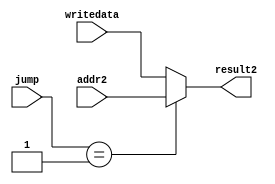
`timescale 1ns / 1ps
//////////////////////////////////////////////////////////////////////////////////
// Company: 
// Engineer: 
// 
// Design Name: 
// Module Name: jump_mux
// Project Name: 
// Target Devices: 
// Tool Versions: 
// Description: 
// 
// Dependencies: 
// 
// Revision:
// Revision 0.01 - File Created
// Additional Comments:
// 
//////////////////////////////////////////////////////////////////////////////////


module jump_mux(
    input [1:0] jump,
    input [31:0] addr2,
    input [31:0] writedata,
    output reg[31:0] result2
    );
    //jump
    //0
    //1jal
    always@(addr2 or jump or writedata)
        begin
            result2 <= (jump == 2'b01) ? addr2 : writedata;
        end
endmodule